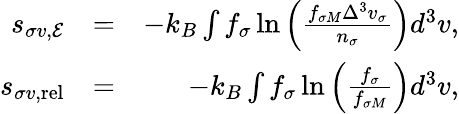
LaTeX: \begin{array}{rlr}{s_{\sigma v,{\cal E}}}&{=}&{-k_{B}\int f_{\sigma}\ln\left(\frac{f_{\sigma M}\Delta^{3}v_{\sigma}}{n_{\sigma}}\right)d^{3}v,}\\ {s_{\sigma v,\mathrm{rel}}}&{=}&{-k_{B}\int f_{\sigma}\ln\left(\frac{f_{\sigma}}{f_{\sigma M}}\right)d^{3}v,}\end{array}